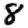
Digit: 8